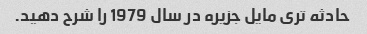
حادثه تری مایل جزیره در سال 1979 را شرح دهید.